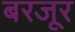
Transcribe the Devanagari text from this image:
बरजूर